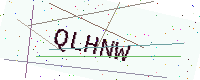
Text: QLHNW